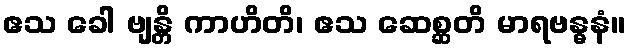
ဧသ ခေါ ဗျန္တိ ကာဟိတိ၊ ဧသ ဆေစ္ဆတိ မာရဗန္ဓနံ။